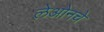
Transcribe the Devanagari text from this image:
लेओनचे